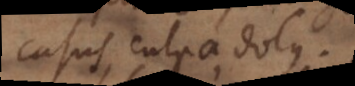
casus, culpa, dolus.